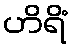
ဟိရိံ